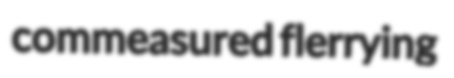
commeasured flerrying